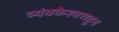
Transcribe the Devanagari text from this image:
त्र्यंबकेश्वराहून